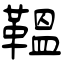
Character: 鞰